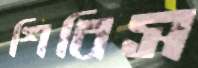
শিবিস